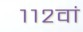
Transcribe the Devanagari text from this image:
११२वां